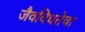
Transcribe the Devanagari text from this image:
जैवविधतेचा